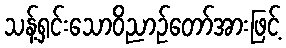
သန့်ရှင်းသောဝိညာဉ်တော်အားဖြင့်